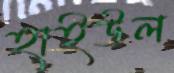
হাইউল